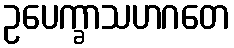
ဥပေက္ခာသဟဂတေ